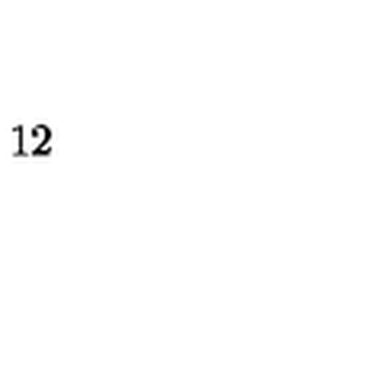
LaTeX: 1 2